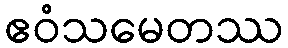
ဧဝံသမေတဿ